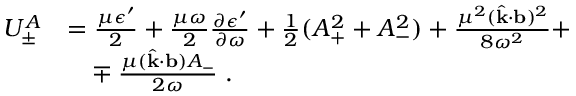
\begin{array} { r l } { U _ { \pm } ^ { A } } & { = \frac { \mu \epsilon ^ { \prime } } { 2 } + \frac { \mu \omega } { 2 } \frac { \partial \epsilon ^ { \prime } } { \partial \omega } + \frac { 1 } { 2 } ( A _ { + } ^ { 2 } + A _ { - } ^ { 2 } ) + \frac { \mu ^ { 2 } ( \hat { \bf { k } } \cdot { \bf { b } } ) ^ { 2 } } { 8 \omega ^ { 2 } } + } \\ & { \phantom { = } \mp \frac { \mu ( \hat { \bf { k } } \cdot { \bf { b } } ) A _ { - } } { 2 \omega } \; . } \end{array}